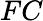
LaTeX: FC